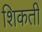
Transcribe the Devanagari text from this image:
शिकती